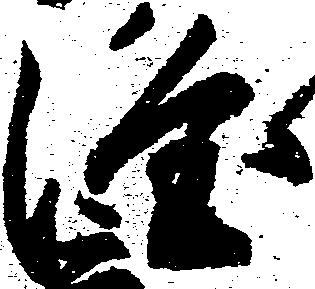
隆